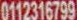
0112316799